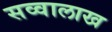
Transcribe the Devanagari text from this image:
सव्वालाख